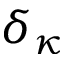
\delta _ { \kappa }